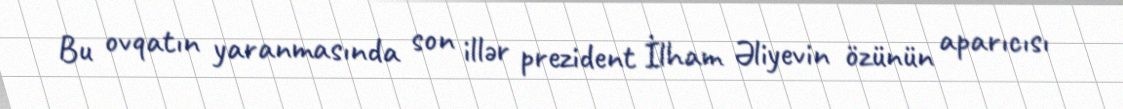
Bu ovqatın yaranmasında son illər prezident İlham Əliyevin özünün aparıcısı